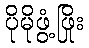
ပိုမိုဖွံ့ဖြိုး